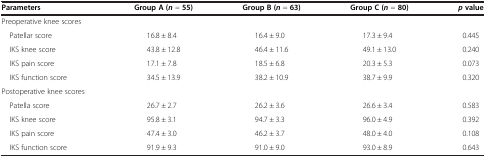
<table><thead><tr><td><b>Parameters</b></td><td><b>Group A (<i>n</i> = 55)</b></td><td><b>Group B (<i>n</i> = 63)</b></td><td><b>Group C (<i>n</i> = 80)</b></td><td><b><i>p</i>value</b></td></tr></thead><tbody><tr><td>Preoperative knee scores</td><td></td><td></td><td></td><td></td></tr><tr><td> Patellar score</td><td>16.8 ± 8.4</td><td>16.4 ± 9.0</td><td>17.3 ± 9.4</td><td>0.445</td></tr><tr><td> IKS knee score</td><td>43.8 ± 12.8</td><td>46.4 ± 11.6</td><td>49.1 ± 13.0</td><td>0.240</td></tr><tr><td> IKS pain score</td><td>17.1 ± 7.8</td><td>18.5 ± 6.8</td><td>20.3 ± 5.3</td><td>0.073</td></tr><tr><td> IKS function score</td><td>34.5 ± 13.9</td><td>38.2 ± 10.9</td><td>38.7 ± 9.9</td><td>0.320</td></tr><tr><td>Postoperative knee scores</td><td></td><td></td><td></td><td></td></tr><tr><td> Patella score</td><td>26.7 ± 2.7</td><td>26.2 ± 3.6</td><td>26.6 ± 3.4</td><td>0.583</td></tr><tr><td> IKS knee score</td><td>95.8 ± 3.1</td><td>94.7 ± 3.3</td><td>96.0 ± 4.9</td><td>0.392</td></tr><tr><td> IKS pain score</td><td>47.4 ± 3.0</td><td>46.2 ± 3.7</td><td>48.0 ± 4.0</td><td>0.108</td></tr><tr><td> IKS function score</td><td>91.9 ± 9.3</td><td>91.0 ± 9.0</td><td>93.0 ± 8.9</td><td>0.643</td></tr></tbody></table>